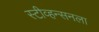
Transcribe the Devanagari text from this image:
स्टीव्हन्सनला